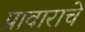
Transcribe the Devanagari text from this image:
प्रावाराचे